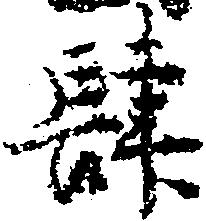
肆